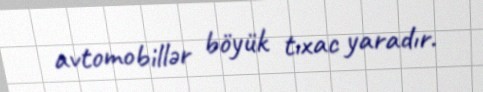
avtomobillər böyük tıxac yaradır.